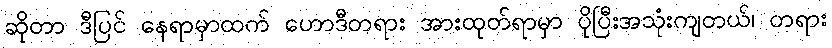
ဆိုတာ ဒီပြင် နေရာမှာထက် ဟောဒီတရား အားထုတ်ရာမှာ ပိုပြီးအသုံးကျတယ်၊ တရား